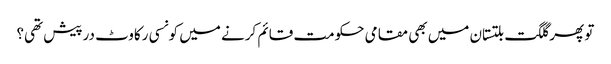
تو پھر گلگت بلتستان میں بھی مقامی حکومت قائم کرنے میں کونسی رکاوٹ درپیش تھی؟